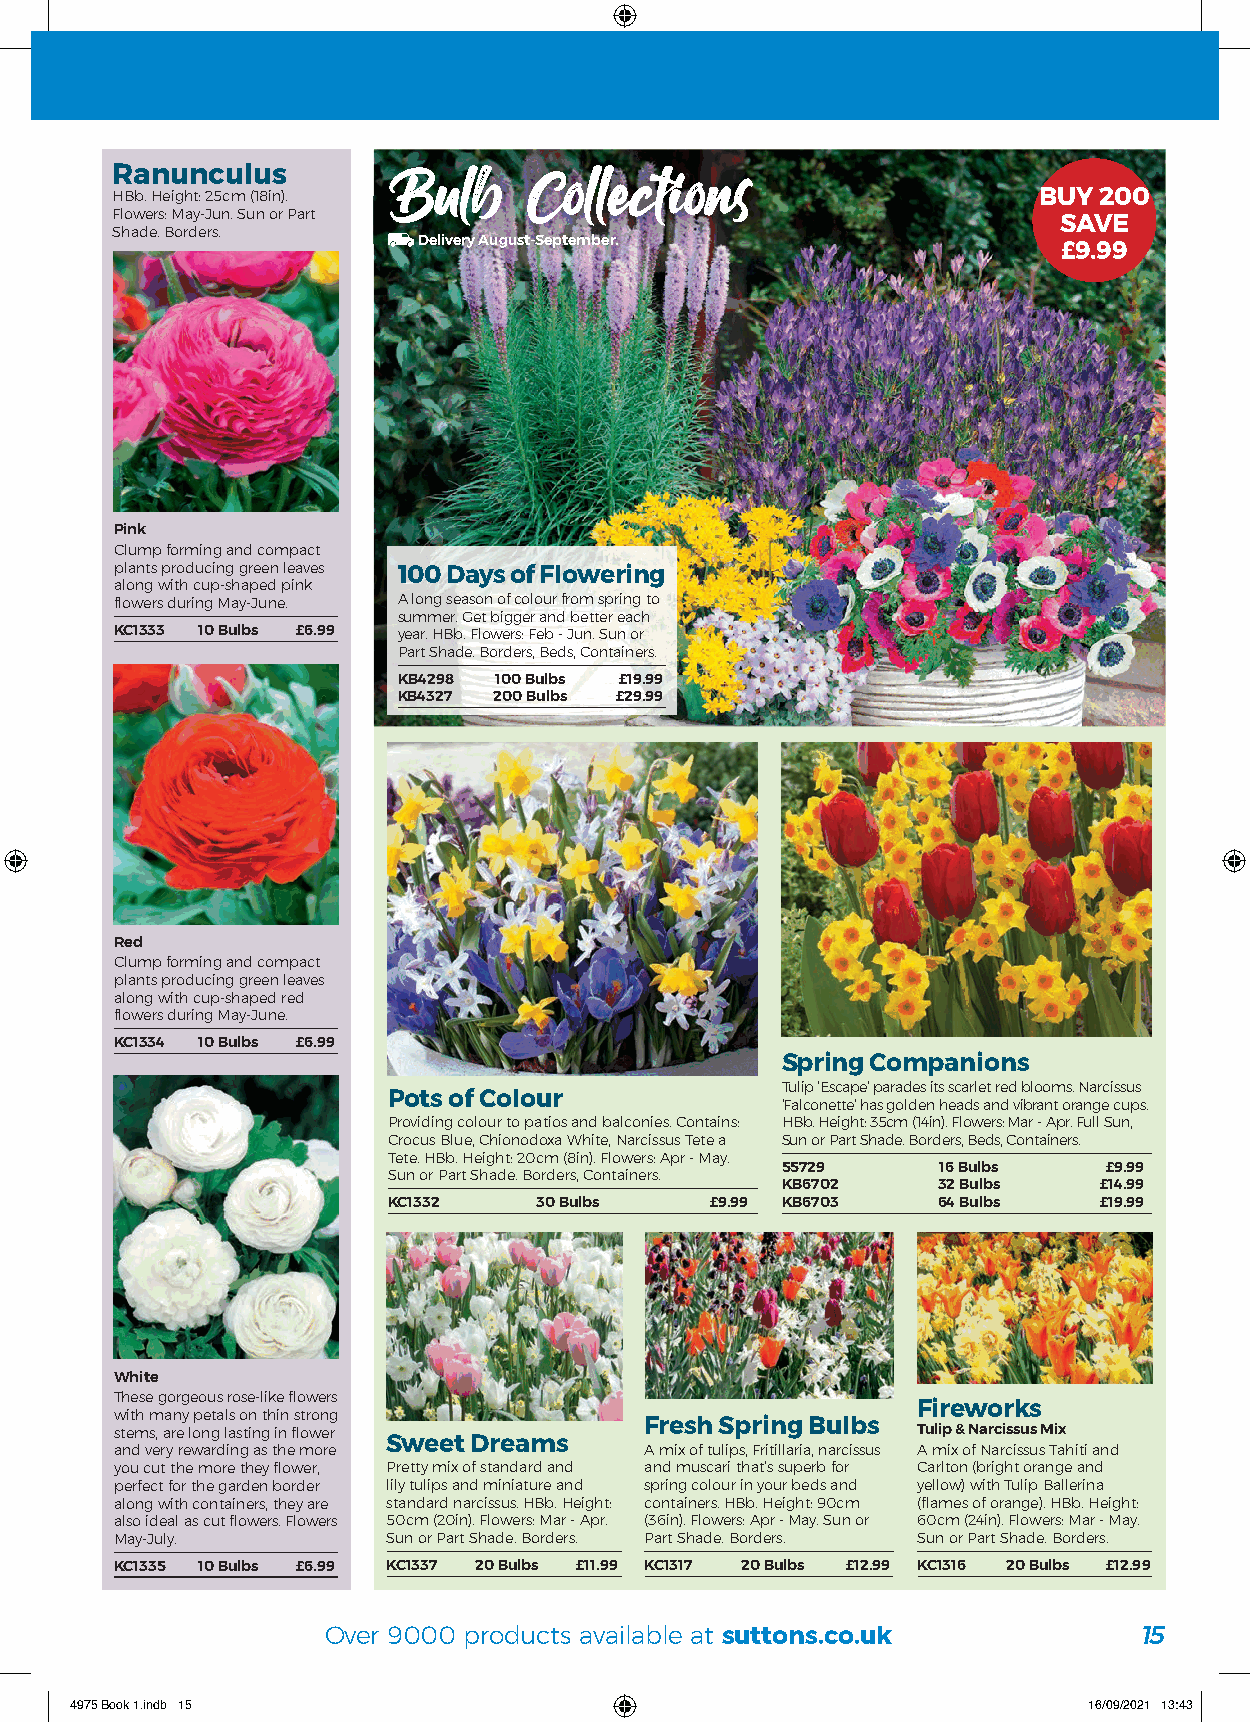
Bulb     Collections
 Ranunculus
 HBb. Height: 25cm (18in).                                     BUY 200
 Flowers: May-Jun. Sun or Part
 SAVE
 Shade. Borders.
 Delivery August-September.
 £9.99
 Pink
 Clump forming and compact
 plants producing green leaves 100 Days of Flowering
 along with cup-shaped pink
 flowers during May-June. A long season of colour from spring to
 summer. Get bigger and better each
 KC1333 10 Bulbs £6.99 year. HBb. Flowers: Feb - Jun. Sun or
 Part Shade. Borders, Beds, Containers.
 KB4298 100 Bulbs £19.99
 KB4327 200 Bulbs £29.99
 Red
 Clump forming and compact
 plants producing green leaves
 along with cup-shaped red
 flowers during May-June.
 KC1334 10 Bulbs £6.99
 Spring Companions
 Tulip ‘Escape’ parades its scarlet red blooms. Narcissus
 Pots of Colour
 ‘Falconette’ has golden heads and vibrant orange cups.
 Providing colour to patios and balconies. Contains: HBb. Height: 35cm (14in). Flowers: Mar - Apr. Full Sun,
 Crocus Blue, Chionodoxa White, Narcissus Tete a Sun or Part Shade. Borders, Beds, Containers.
 Tete. HBb. Height: 20cm (8in). Flowers: Apr - May.
 55729     16 Bulbs   £9.99
 Sun or Part Shade. Borders, Containers.
 KB6702    32 Bulbs   £14.99
 KC1332    30 Bulbs   £9.99 KB6703   64 Bulbs   £19.99
 White
 These gorgeous rose-like flowers
 Fireworks
 with many petals on thin strong
 stems, are long lasting in flower  Fresh Spring Bulbs Tulip & Narcissus Mix
 Sweet Dreams
 and very rewarding as the more     A mix of tulips, Fritillaria, narcissus A mix of Narcissus Tahiti and
 you cut the more they flower, Pretty mix of standard and and muscari that’s superb for Carlton (bright orange and
 perfect for the garden border lily tulips and miniature and spring colour in your beds and yellow) with Tulip Ballerina
 along with containers, they are standard narcissus. HBb. Height: containers. HBb. Height: 90cm (flames of orange). HBb. Height:
 also ideal as cut flowers. Flowers 50cm (20in). Flowers: Mar - Apr. (36in). Flowers: Apr - May. Sun or 60cm (24in). Flowers: Mar - May.
 May-July.         Sun or Part Shade. Borders. Part Shade. Borders. Sun or Part Shade. Borders.
 KC1335 10 Bulbs £6.99 KC1337 20 Bulbs £11.99 KC1317 20 Bulbs £12.99 KC1316 20 Bulbs £12.99
 Over 9000 products available at suttons.co.uk         15
 4975 Book 1.indb 15                                                16/09/2021 13:43